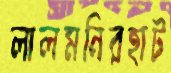
লালমনিরহাট